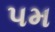
પમ